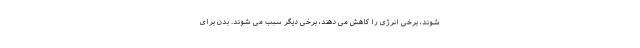
شوند، برخی انرژی را کاهش می دهند، برخی دیگر سبب می شوند. بدن برای